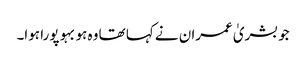
جو بشریٰ عمران نے کہا تھا وہ ہوبہو پورا ہوا۔